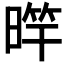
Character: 𣈨